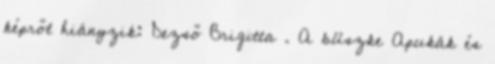
képről hiányzik: Dezső Brigitta . A büszke Apukák és